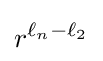
r^{\ell _{n}-\ell _{2}}